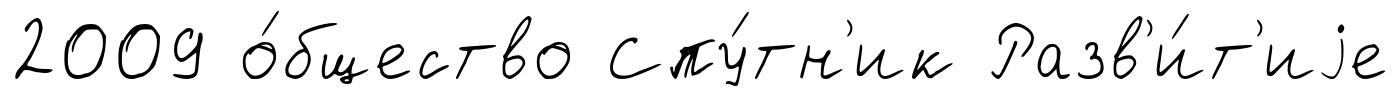
2009 о́бщество Спу́тн'ик Разв'и́т'иjе